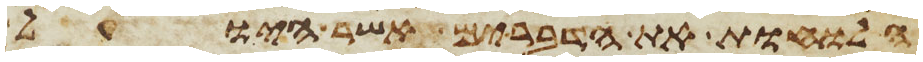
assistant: הלוחות את הדברים אשר היו על